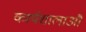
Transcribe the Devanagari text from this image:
कार्यशालाऔ